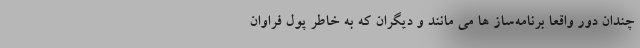
چندان دور واقعاً برنامه‌ساز ها می مانند و دیگران که به خاطر پول فراوان